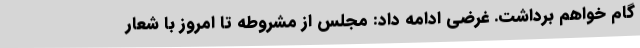
گام خواهم برداشت. غرضی ادامه داد: مجلس از مشروطه تا امروز با شعار